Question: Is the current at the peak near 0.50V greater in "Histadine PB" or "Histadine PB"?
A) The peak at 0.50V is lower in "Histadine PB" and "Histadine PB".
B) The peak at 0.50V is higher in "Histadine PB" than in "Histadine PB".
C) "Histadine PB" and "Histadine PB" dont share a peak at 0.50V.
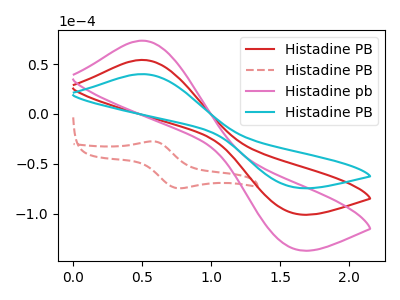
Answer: <think>The red curve "Histadine PB" has an anodic peak at (0.50V, 54.10uA) and a cathodic peak at (1.60V, -99.05uA). The red dashed curve "Histadine PB" has an anodic peak at (0.60V, -27.45uA) and a cathodic peak at (0.75V, -74.40uA). The pink curve "Histadine pb" has an anodic peak at (0.50V, 108.20uA) and a cathodic peak at (1.60V, -198.05uA). The cyan curve "Histadine PB" has an anodic peak at (0.50V, 39.90uA) and a cathodic peak at (1.60V, -73.00uA).</think>
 <answer>B) The peak at 0.50V is higher in "Histadine PB" than in "Histadine PB".</answer>
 <eval>B</eval>